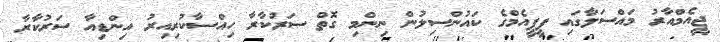
ޖީއެމްއާރު މައްސަލާގައި ޕީޕީއެމްގެ ކައުންސިލުން ނިންމި ގޮތް ސަރުކާރާ ހިއްސާކުރިއިރު އިންޑިއާ ސަރުކާރާ